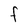
Character: F